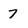
Character: 7